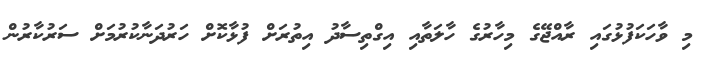
މި ވާހަކަފުޅުގައި ރާއްޖޭގެ މިހާރުގެ ހާލަތާއި އިގްތިސާދު އިތުރަށް ފުޅާކޮށް ހަރުދަނާކުރުމަށް ސަރުކާރުން